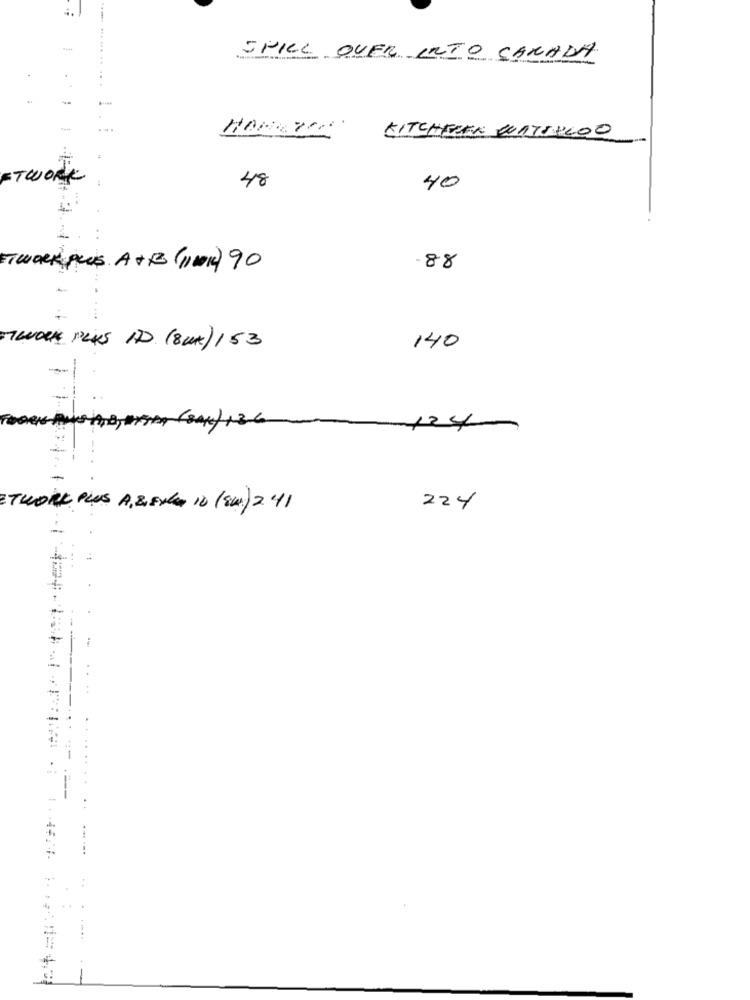
SPILL OVER INTO CANADA
KITCHENER WATERLOO
FTWORK
48
40
ETWORK puis A +B (11001) 90
.88
TWORK PLAS ID (8UK) 153
140
124-
ETWORK PLUS A, &, EXTEN 10 (SU) 241
224